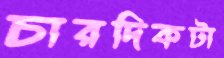
চারদিকটা